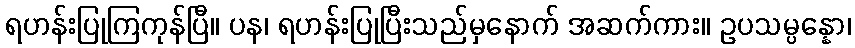
ရဟန်းပြုကြကုန်ပြီ။ ပန၊ ရဟန်းပြုပြီးသည်မှနောက် အဆက်ကား။ ဥပသမ္ပန္နော၊